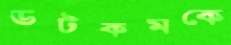
ডটকমকে